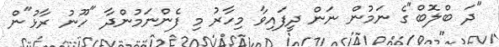
"ދަ ބްލޮބް"ގެ ނަމުން ނަން ދީފައިވާ މިހާރު މި ފެންނަމުންދާ "ހޫނު ރާޅު"ން